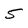
Character: 5